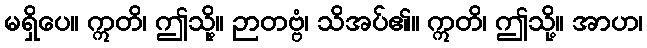
မရှိပေ။ ဣတိ၊ ဤသို့။ ဉာတဗ္ဗံ၊ သိအပ်၏။ ဣတိ၊ ဤသို့။ အာဟ၊